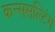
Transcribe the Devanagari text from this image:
कन्ससल्टिंग